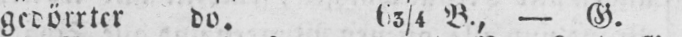
gedörrter do. 63/4 B, - G.